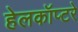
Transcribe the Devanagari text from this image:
हेलकॉप्टरे